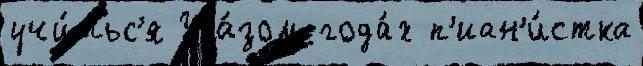
учи́тьс'я Ука́зом года́х п'иан'и́стка